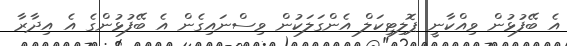
އެ ބޭފުޅުން ވިއްކާނީ ޕޮލިޓިކަލް އެންގަލަކުން ވިސްނައިގެން އެ ބޭފުޅުންގެ އެ އިދާރާ